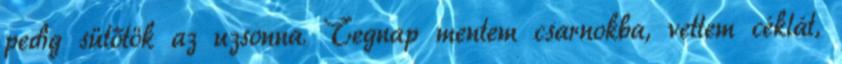
pedig sütőtök az uzsonna. Tegnap mentem csarnokba, vettem céklát,